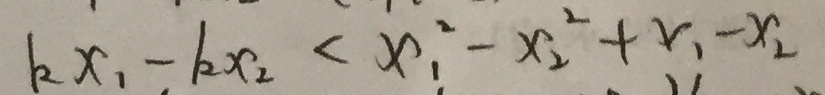
k x _ { 1 } - k x _ { 2 } < x _ { 1 } ^ { 2 } - x _ { 2 } ^ { 2 } + x _ { 1 } - x _ { 2 }